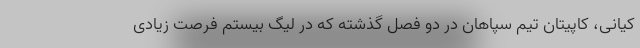
کیانی، کاپیتان تیم سپاهان در دو فصل گذشته که در لیگ بیستم فرصت زیادی